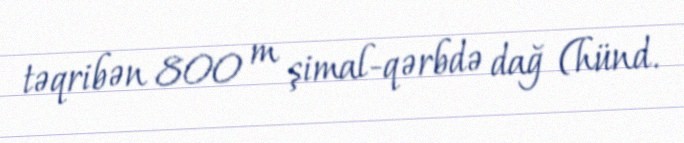
təqribən 800 m şimal-qərbdə dağ (hünd.